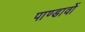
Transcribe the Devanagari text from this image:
पाण्डावों